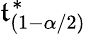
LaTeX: \mathfrak{t}_{(1-\alpha/2)}^{*}